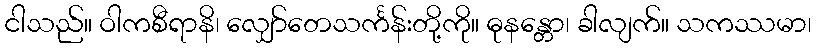
ငါသည်။ ဝါကစီရာနိ၊ လျှော်တေသင်္ကန်းတို့ကို။ ဓုနန္တော၊ ခါလျက်။ သကဿမာ၊